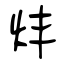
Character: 炐